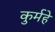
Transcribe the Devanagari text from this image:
कुर्महे